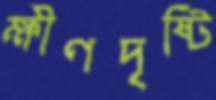
ক্ষীণদৃষ্টি